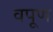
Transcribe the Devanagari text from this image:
वपूण